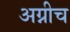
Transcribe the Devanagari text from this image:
अग्नीच